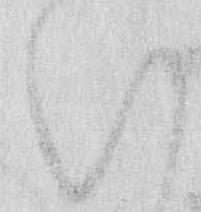
い